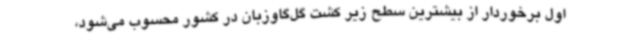
اول برخوردار از بیشترین سطح زیر کشت گل‌گاوزبان در کشور محسوب می‌شود،